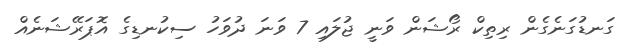
ގަނޑުގަނެގެން ރިތިކް ރޯޝަން ވަނީ ޖުލައި 7 ވަނަ ދުވަހު ސިކުނޑިގެ އޮޕަރޭޝަނެއް